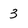
Character: 3